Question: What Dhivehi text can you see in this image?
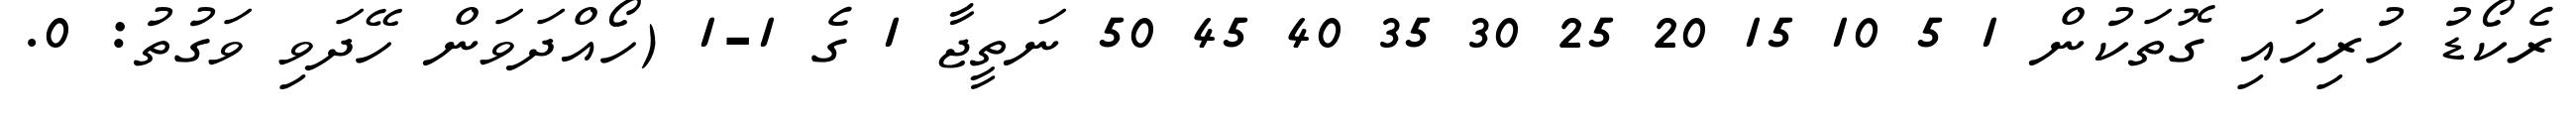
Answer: ރެކޯޑު ހުރިހައި ގޮތަކުން 1 5 10 15 20 25 30 35 40 45 50 ނަތީޖާ 1 ގެ 1-1 (ހޯއްދަވަން ހޭދަވި ވަގުތު: 0.